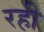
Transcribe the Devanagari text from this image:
रही